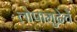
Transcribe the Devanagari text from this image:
लोपामुद्रेचें